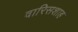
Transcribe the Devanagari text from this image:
वारिसशाह